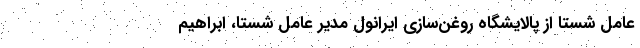
عامل شستا از پالایشگاه روغن‌سازی ایرانول مدیر عامل شستا، ابراهیم